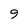
Character: 9